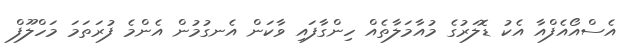
އެސްއޯއެފްއާ އެކު ޑޮލަރުގެ މުއާމަލާތެއް ހިންގާފައި ވާކަން އެނގުމުން އެންމެ ފުރަތަމަ މަހްލޫފް